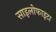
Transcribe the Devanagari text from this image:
साइलोफाइटा